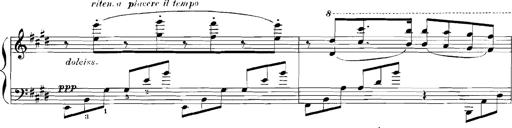
Title: Rhapsodies hongroises
Composer: Franz Liszt